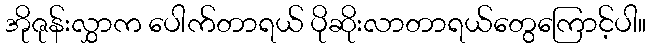
အိုဇုန်းလွှာက ပေါက်တာရယ် ပိုဆိုးလာတာရယ်တွေကြောင့်ပါ။